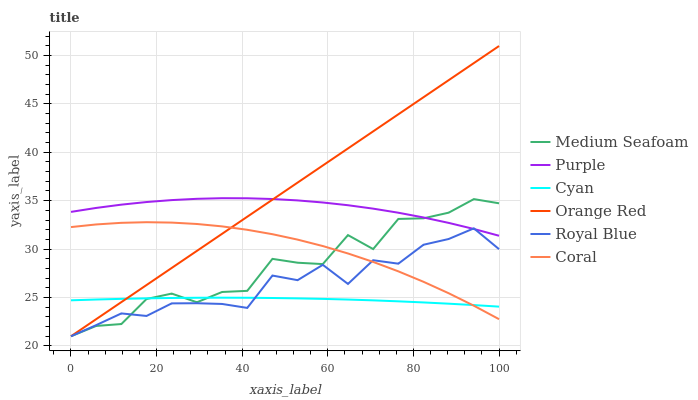
| xaxis_label | Medium Seafoam | Purple | Cyan | Orange Red | Royal Blue | Coral |
 | --- | --- | --- | --- | --- | --- | --- |
 | 0 | 21 | 33.8 | 24.7 | 21 | 21 | 32.3 |
 | 5.88 | 22.1 | 34.3 | 24.8 | 22.8 | 22.1 | 32.5 |
 | 11.8 | 22.3 | 34.6 | 24.9 | 24.5 | 23.4 | 32.7 |
 | 17.6 | 24.8 | 34.9 | 24.9 | 26.3 | 23.1 | 32.8 |
 | 23.5 | 25.4 | 35.1 | 25 | 28.1 | 24.4 | 32.7 |
 | 29.4 | 24.5 | 35.2 | 25 | 29.8 | 24.4 | 32.6 |
 | 35.3 | 25.6 | 35.3 | 25 | 31.6 | 24.3 | 32.3 |
 | 41.2 | 25.7 | 35.2 | 25 | 33.3 | 23.9 | 32 |
 | 47.1 | 29 | 35.2 | 25 | 35.1 | 27.3 | 31.5 |
 | 52.9 | 28.6 | 35 | 24.9 | 36.9 | 26.8 | 31 |
 | 58.8 | 28.5 | 34.8 | 24.9 | 38.6 | 28.4 | 30.3 |
 | 64.7 | 31.4 | 34.5 | 24.8 | 40.4 | 26.4 | 29.5 |
 | 70.6 | 30 | 34.2 | 24.7 | 42.2 | 28.9 | 28.7 |
 | 76.5 | 33.1 | 33.8 | 24.6 | 43.9 | 28.5 | 27.7 |
 | 82.4 | 33.2 | 33.3 | 24.5 | 45.7 | 30.4 | 26.6 |
 | 88.2 | 33.8 | 32.7 | 24.4 | 47.4 | 31 | 25.4 |
 | 94.1 | 35.2 | 32.1 | 24.2 | 49.2 | 32.1 | 24.2 |
 | 100 | 34.7 | 31.4 | 24.1 | 51 | 30 | 22.8 |